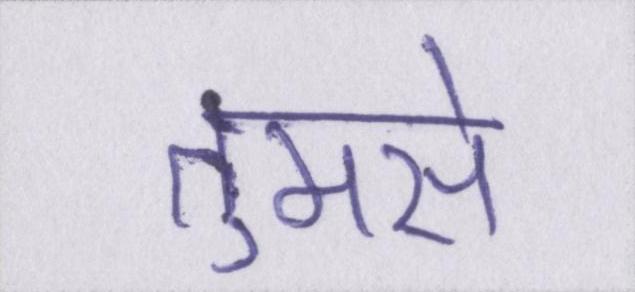
तुमसे